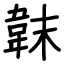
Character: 韎